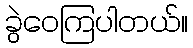
ခွဲဝေကြပါတယ်။